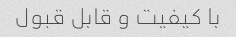
با کیفیت و قابل قبول